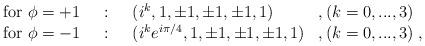
LaTeX: \begin{align*}\begin{array}{llll}\mbox{for }\phi=+1 &~:~ & (i^k,1,\pm1,\pm1,\pm1,1)& ,(k=0,...,3)\\ \mbox{for }\phi=-1 &~:~ & (i^k e^{i\pi/4},1,\pm1,\pm1,\pm1,1) &,(k=0,...,3)\; ,\end{array}\end{align*}